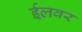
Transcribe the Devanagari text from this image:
ईलवर